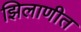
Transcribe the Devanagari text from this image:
झिलाणीत